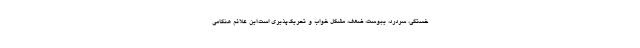
خستگی، سردرد، یبوست، ضعف، مشکل خواب و تحریک‌پذیری است.این علائم هنگامی